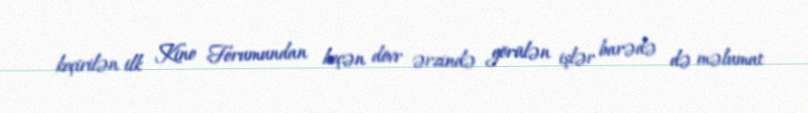
keçirilən ilk Kino Forumundan keçən dövr ərzində görülən işlər barədə də məlumat